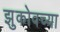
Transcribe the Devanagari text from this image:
झुकोवच्या